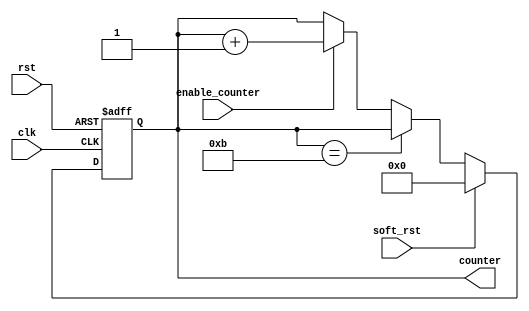
/*counter is used to count the number of rounds during the operation of the AES 
in case of key size 128 bits there are 10 main rounds and one initial round
therefore the counter length is minimum 4 bits.
the counter is enabled using enable_counter signal from top level controller
soft_rst signal is used to reset the counter after completing the encryption process, it is generated from the top level controller
*/
module counter (
    input wire clk,rst,
    input wire enable_counter,
    input wire soft_rst, 

    output reg [3:0] counter 

);

always @(posedge clk , negedge rst) begin

        if(!rst)begin
            counter <= 0;
        end
        else if (soft_rst)begin
            counter <= 0;
        end /*if counter equals 11 then all the rounds are finished and we will not increment any more.*/
        else if (counter == 4'd11)begin
            counter <= counter;
        end

        else if (enable_counter)begin
            counter <= counter + 1'b1;
        end
        
end
    
endmodule